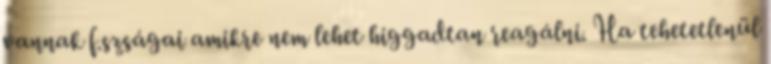
vannak f.szságai amikre nem lehet higgadtan reagálni. Ha tehetetlenül